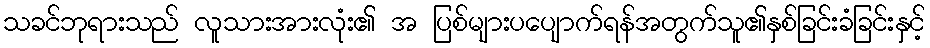
သခင်ဘုရားသည် လူသားအားလုံး၏ အ ပြစ်များပပျောက်ရန်အတွက်သူ၏နှစ်ခြင်းခံခြင်းနှင့်